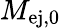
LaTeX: M_{\mathrm{ej,0}}